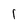
Character: 1